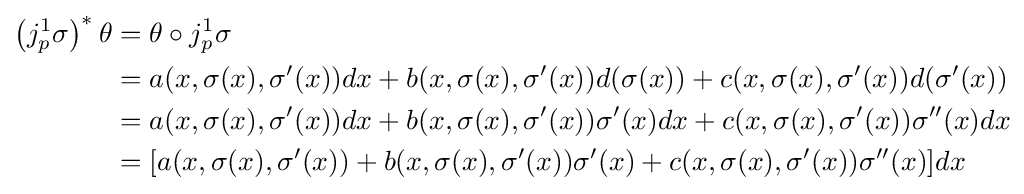
{\begin{aligned}\left(j_{p}^{1}\sigma \right)^{*}\theta &=\theta \circ j_{p}^{1}\sigma \\&=a(x,\sigma (x),\sigma '(x))dx+b(x,\sigma (x),\sigma '(x))d(\sigma (x))+c(x,\sigma (x),\sigma '(x))d(\sigma '(x))\\&=a(x,\sigma (x),\sigma '(x))dx+b(x,\sigma (x),\sigma '(x))\sigma '(x)dx+c(x,\sigma (x),\sigma '(x))\sigma ''(x)dx\\&=[a(x,\sigma (x),\sigma '(x))+b(x,\sigma (x),\sigma '(x))\sigma '(x)+c(x,\sigma (x),\sigma '(x))\sigma ''(x)]dx\end{aligned}}